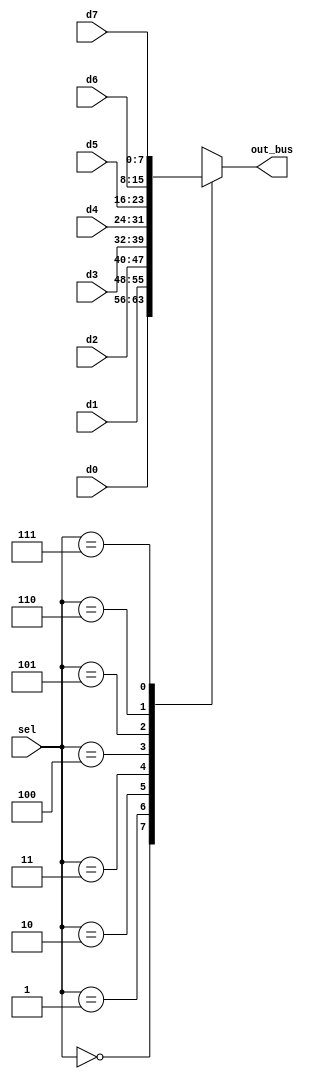
module BUS_SELECTION(d0,d1,d2,d3,d4,d5,d6,d7,sel,out_bus);

	input [7:0] d0,d1,d2,d3,d4,d5,d6,d7;
	input [2:0] sel;
	output reg [7:0] out_bus;

	always @* begin
		case(sel)
			3'b000: out_bus = d0;
			3'b001: out_bus = d1;
			3'b010: out_bus = d2;  
			3'b011: out_bus = d3;
			3'b100: out_bus = d4;
			3'b101: out_bus = d5;
			3'b110: out_bus = d6;
			3'b111: out_bus = d7;
		endcase
	end

endmodule